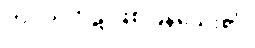
ကပ္ပိယကုဋိ ဖြစ်ပြန်သေး၏၊